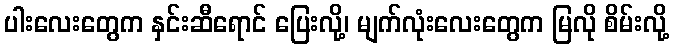
ပါးလေးတွေက နှင်းဆီရောင် ပြေးလို့၊ မျက်လုံးလေးတွေက မြလို စိမ်းလို့